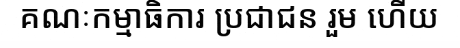
គណៈកម្មាធិការ ប្រជាជន រួម ហើយ